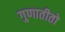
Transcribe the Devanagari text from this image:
गुणातीतो